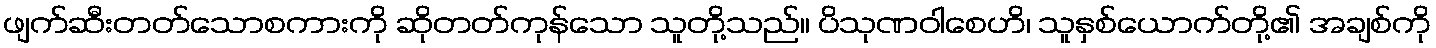
ဖျက်ဆီးတတ်သောစကားကို ဆိုတတ်ကုန်သော သူတို့သည်။ ပိသုဏဝါစေဟိ၊ သူနှစ်ယောက်တို့၏ အချစ်ကို